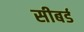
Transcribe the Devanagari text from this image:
सीबर्ड